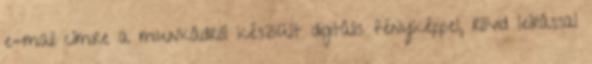
e-mail címre a munkádról készült digitális fényképpel, rövid leírással